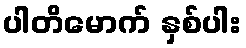
ပါတိမောက် နှစ်ပါး